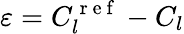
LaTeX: \varepsilon=C_{l}^{\mathrm{~r~e~f~}}-C_{l}